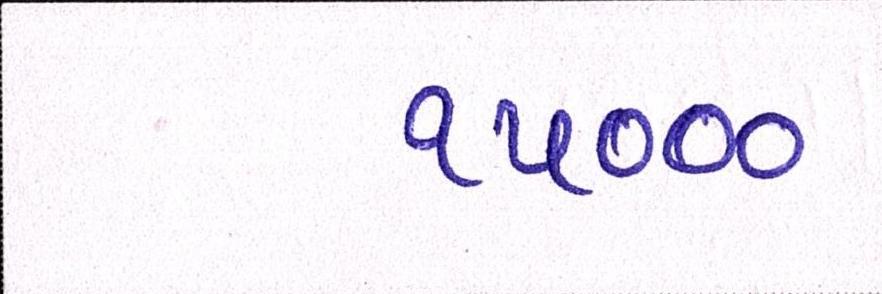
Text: ૧૫૦૦૦